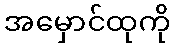
အမှောင်ထုကို